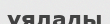
ұялады